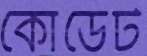
কোডেট